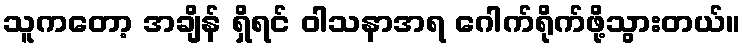
သူကတော့ အချိန် ရှိရင် ဝါသနာအရ ဂေါက်ရိုက်ဖို့သွားတယ်။